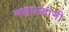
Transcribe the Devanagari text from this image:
मसाल्यांनी